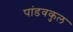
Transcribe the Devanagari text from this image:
पांडवकुल